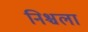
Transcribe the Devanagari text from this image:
निश्चला